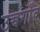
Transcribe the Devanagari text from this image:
उच्चगाँव